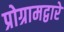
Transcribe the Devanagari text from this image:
प्रोग्रामद्वारे